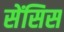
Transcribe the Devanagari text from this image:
सेंसिस